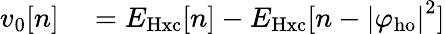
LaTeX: \begin{array}{rl}{v_{0}[n]}&{{}=E_{\mathrm{Hxc}}[n]-E_{\mathrm{Hxc}}[n-{|\varphi_{\mathrm{ho}}|}^{2}]}\end{array}